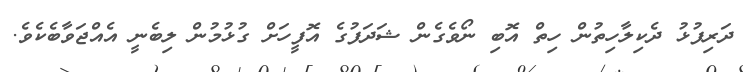
ދަރިފުޅު ދެކިލާހިތުން ހިތް އޮބި ނޯވެގެން ޝަދަފުގެ އޮފީހަށް ގުޅުމުން ލިބެނީ އެއްޖަވާބެކެވެ.